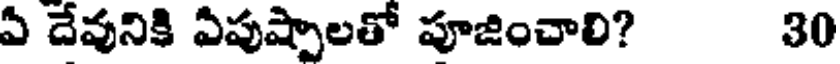
ఏ దేవునికి ఏపుష్పాలతో పూజించాలి? 30